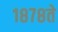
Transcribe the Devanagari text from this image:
१८७८ते